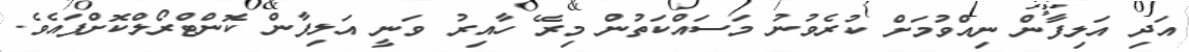
އަދި އަލިފާން ނިއްވުމަށް ކުރެވުނު މަސައްކަތުން މިރޭ ހާއިރު ވަނީ އަލިފާން ކޮންޓްރޯލްކޮށްފައެވެ.